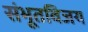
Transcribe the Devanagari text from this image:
संभूतविजय